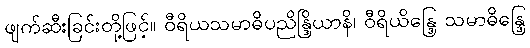
ဖျက်ဆီးခြင်းတို့ဖြင့်။ ဝီရိယသမာဓိပညိန္ဒြိယာနိ၊ ဝီရိယိန္ဒြေ သမာဓိန္ဒြေ